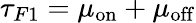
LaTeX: \tau_{F1}=\mu_{\mathrm{on}}+\mu_{\mathrm{off}}